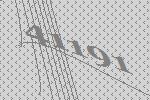
41191